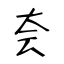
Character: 夽